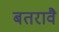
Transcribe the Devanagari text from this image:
बतरावै